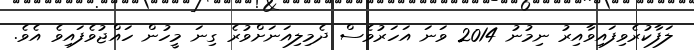
ލަފާކުރެވިފައިވާއިރު ނިމުނު 2014 ވަނަ އަހަރުވެސް ދެމިލިއަނަށްވުރެ ގިނަ މީހުން ހައްޖުވެފައިވެ އެވެ.